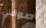
صوفي